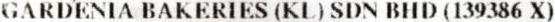
GARDENIA BAKERIES (KL) SDN BHD (139386 X)